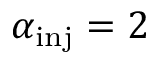
\alpha _ { \mathrm { i n j } } = 2